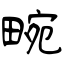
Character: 畹